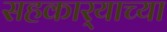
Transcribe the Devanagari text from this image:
सहकार्‍याच्या